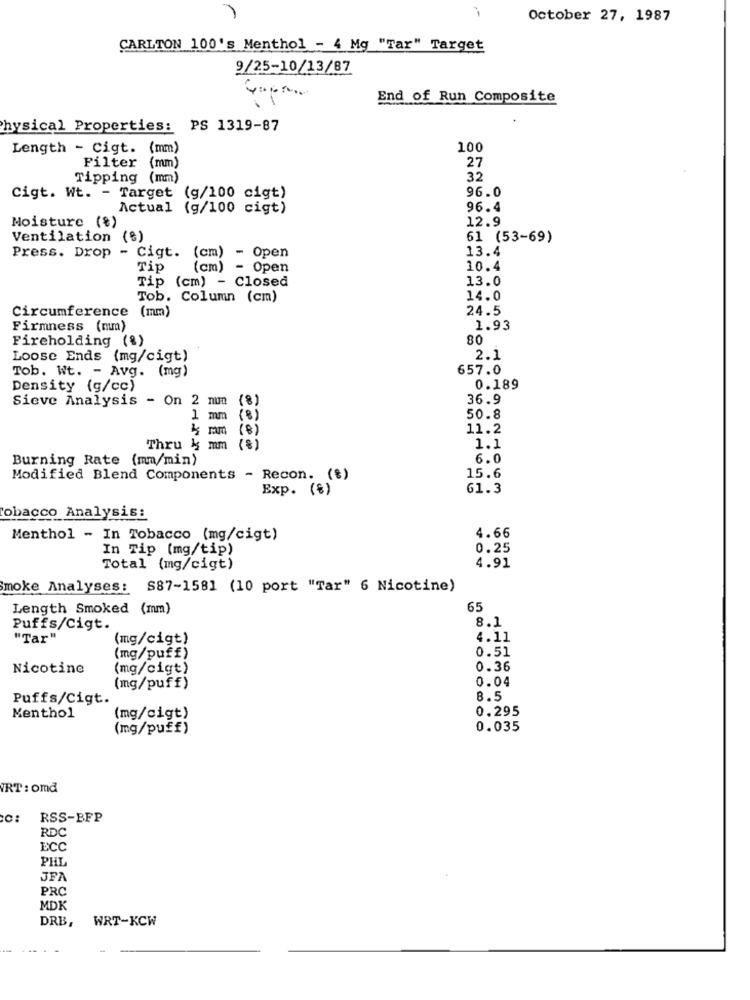
October 27, 1987
CARLTON 100's Menthol - 4 Mg "Tar" Target
9/25-10/13/87
End of Run Composite
Physical Properties: PS 1319-87
Length - Cigt. (mm)
100
Filter (mm)
27
Tipping (mm)
32
Cigt. Wt. - Target (g/100 cigt)
96.0
Actual (g/100 cigt)
96.4
12.9
Moisture (%)
Ventilation (%)
61 (53-69)
13.4
Press. Drop - Cigt. (cm) - Open
Tip
(cm) - Open
10.4
Tip (cm) - Closed
13.0
Tob. Column (cm)
14.0
Circumference (mm)
24.5
Firmness (mm)
1.93
Fireholding (%)
80
Loose Ends (mg/cigt)
2.1
Tob. Wt. - Avg. (mg)
657.0
Density (g/cc)
0.189
Sieve Analysis - On 2 mm (8)
36.9
L mm (%)
50.8
4 mm (8)
11.2
Thru 15 mm (%)
1.1
Burning Rate (mm/min)
6.0
Modified Blend Components - Recon. (%)
15.6
Exp. (%)
61.3
tobacco Analysis:
Menthol - In Tobacco (mg/cigt)
4.66
In Tip (mg/tip)
0.25
Total (mg/cigt)
4.91
Smoke Analyses: S87-1581 (10 port "Tar" 6 Nicotine)
Length Smoked (mm)
65
8.1
Puffs/Cigt.
"Tar"
(mg/cigt)
4.11
0.51
(mg/puff)
Nicotine
(mg/cigt)
0.36
0.04
(mg/puff)
Puffs/Cigt.
8.5
0.295
Menthol
(mg/cigt)
(mg/puff)
0.035
VRT : omd
RSS-BFP
RDC
ECC
PHL
JFA
PRC
MDK
DRB,
WRT-KCW